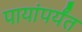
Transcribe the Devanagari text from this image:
पायांपर्यंत